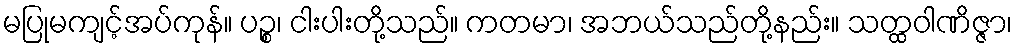
မပြုမကျင့်အပ်ကုန်။ ပဉ္စ၊ ငါးပါးတို့သည်။ ကတမာ၊ အဘယ်သည်တို့နည်း။ သတ္ထဝါဏိဇ္ဇာ၊